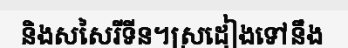
និងសសៃរីទីន។ស្រដៀងទៅនឹង